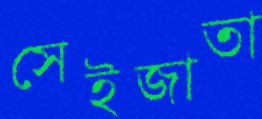
সেইজাতা